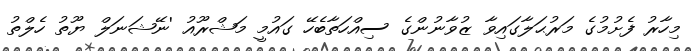
މިހާރު ފެށުމުގެ މަރުޙަލާގައިވާ ޒުވާނުންގެ ސިއްހަތާބެހޭ ގައުމީ މަޝްރޫއު 'ނޭޝަނަލް ޔޫތު ހެލްތު